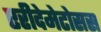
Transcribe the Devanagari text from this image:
एरीदेमेटोसस